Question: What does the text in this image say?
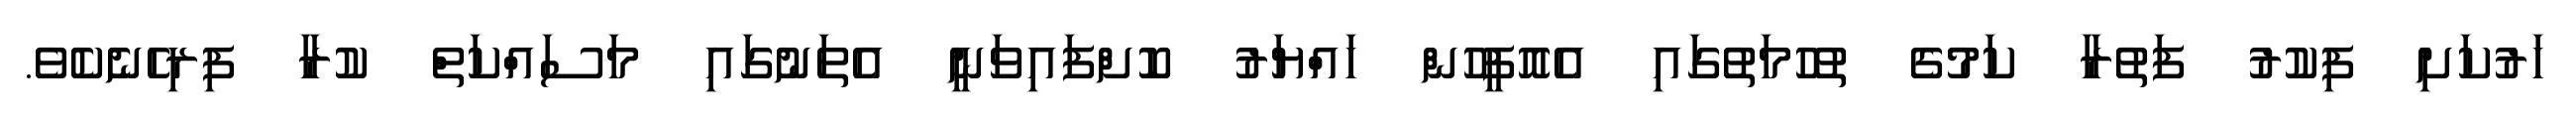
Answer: ހަރުކަށި ފިކުރު ފަތުރާ ކަމުގެ ތުހުމަތުގައި އެއޮފީހުން ހައްޔަރު ކޮށްފައިވަނީ އެތަނުގައި މަސައްކަތް ކުރާ ފިރިހެނެކެވެ.